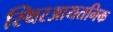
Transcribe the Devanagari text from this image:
स्थिरआयतनिक